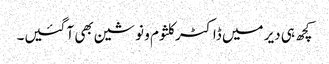
کچھ ہی دیر میں ڈاکٹر کلثوم و نوشین بھی آ گئیں۔